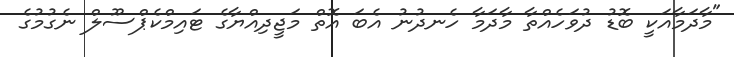
"މާދަމާއަކީ ބޮޑު ދުވަހެއްތާ މާދަމާ ހެނދުނު އެބަ އޮތް މަޖީދިއްޔާގެ ޓައިމްކެޕްސޫލް ނެގުމުގެ